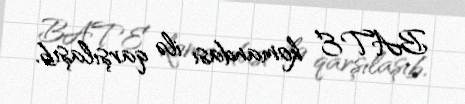
BATE komandası ilə qarşılaşıb.